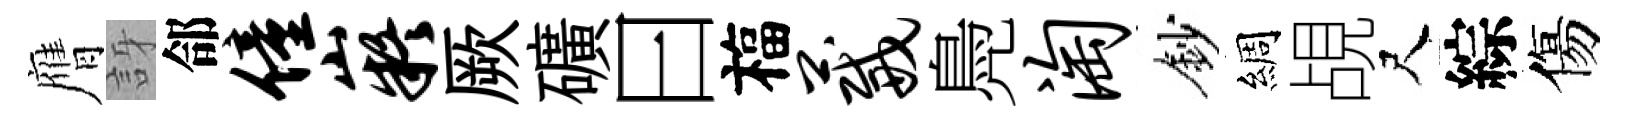
膺訝郃僮嶷厥礦曰福葳鳧淘鈔綢覘尺綜傷